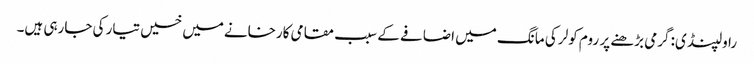
راولپنڈی: گرمی بڑھنے پر روم کولر کی مانگ میں اضافے کے سبب مقامی کارخانےمیں خسیں تیار کی جارہی ہیں۔